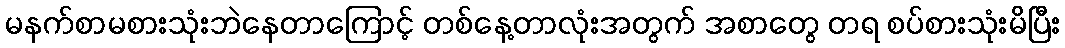
မနက်စာမစားသုံးဘဲနေတာကြောင့် တစ်နေ့တာလုံးအတွက် အစာတွေ တရ စပ်စားသုံးမိပြီး